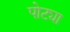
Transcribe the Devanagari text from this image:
पोट्या